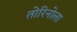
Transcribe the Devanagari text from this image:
तोरिनोला